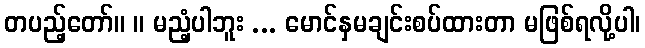
တပည့်တော်။ ။ မညံ့ပါဘူး ... မောင်နှမချင်းစပ်ထားတာ မဖြစ်ရလို့ပါ၊